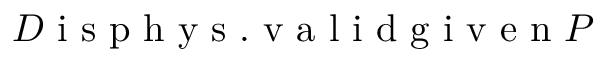
D \mathrm { ~ i ~ s ~ p ~ h ~ y ~ s ~ . ~ v ~ a ~ l ~ i ~ d ~ g ~ i ~ v ~ e ~ n ~ } P